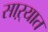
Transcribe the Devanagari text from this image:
साऱ्यात